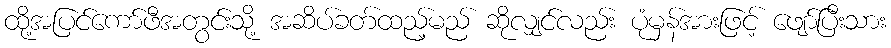
ထို့အပြင်ကော်ဖီအတွင်းသို့ အဆိပ်ခတ်ထည့်မည် ဆိုလျှင်လည်း ပုံမှန်အားဖြင့် ဖျော်ပြီးသား